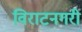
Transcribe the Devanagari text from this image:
विराटनगरी